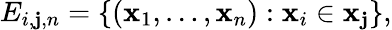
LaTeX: E_{i,\mathbf{j},n}=\{ (\mathbf{x}_{1},\ldots,\mathbf{x}_{n}):\mathbf{x}_{i}\in\mathbf{x}_{\mathbf{j}}\} ,